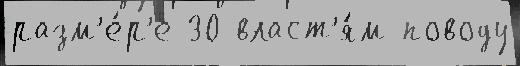
разм'е́р'е 30 власт'я́м поводу